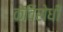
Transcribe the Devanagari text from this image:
केविरोधी